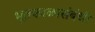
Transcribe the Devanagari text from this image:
भूतकाळासंबंधी